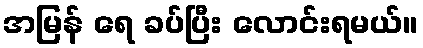
အမြန် ရေ ခပ်ပြီး လောင်းရမယ်။